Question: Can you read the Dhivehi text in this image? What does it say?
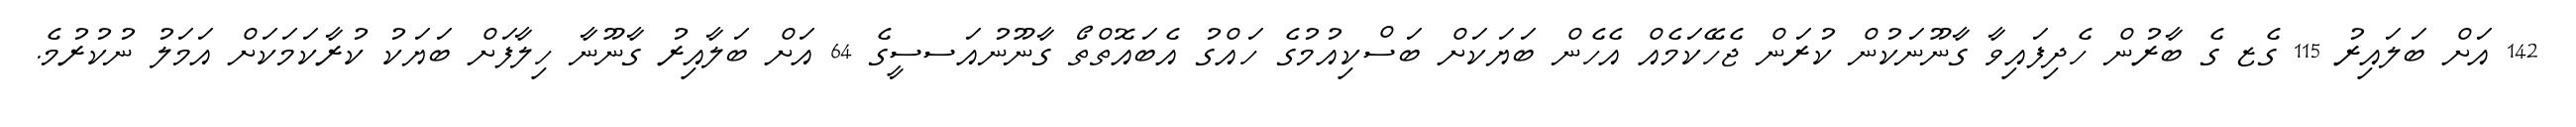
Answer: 142 އަށް ބަލައިރު 115 ގެޒ ގެ ބާރުން ހެދިފައިވާ ގާނޫނަކުން ކުރަން ޖެހޭކަމެއް އެހެން ބަޔަކަށް ބަސްކިއުމުގެ ހައްގު އެބައޮތްތޯ ގާނޫނުއަސސީގެ 64 އަށް ބަލާއިރު ގާނޫނާ ހިލާފަށް ބަޔަކު ކުރާކަމަކަށް އަމަލު ނުކުރުމެ.